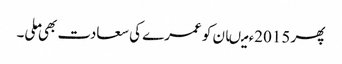
پھر 2015ء میںان کو عمرے کی سعادت بھی ملی۔